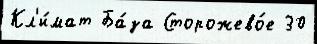
Кл'и́мат Ба́за Сторожево́е 30